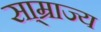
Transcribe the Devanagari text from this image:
सा्म्राज्य